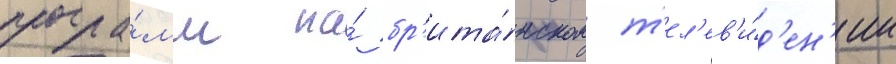
програ́мм на́ бр'ита́нском т'ел'ев'и́д'ен'ии